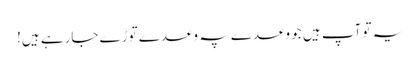
یہ تو آپ ہیں جو وعدے پہ وعدے توڑے جارہے ہیں!